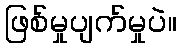
ဖြစ်မှုပျက်မှုပဲ။